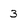
Character: 3